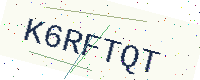
Text: K6RFTQT